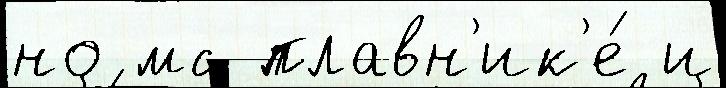
но мс плавн'ик'е́ и